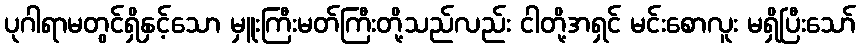
ပုဂါရာမတွင်ရှိနှင့်သော မှူးကြီးမတ်ကြီးတို့သည်လည်း ငါတို့အရှင် မင်းစောလူး မရှိပြီးသော်